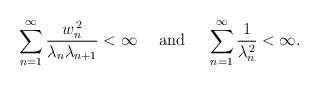
\begin{align*}\sum_{n=1}^{\infty}\frac{w_{n}^{\,2}}{\lambda_{n}\lambda_{n+1}}<\infty\quad\mbox{ and }\quad\sum_{n=1}^{\infty}\frac{1}{\lambda_{n}^{\,2}}<\infty.\end{align*}